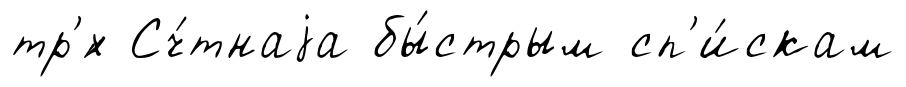
тр'́х Сч́тнаjа бы́стрым сп'и́скам